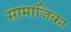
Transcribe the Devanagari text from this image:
सामाजिका